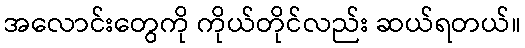
အလောင်းတွေကို ကိုယ်တိုင်လည်း ဆယ်ရတယ်။